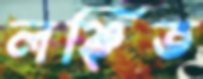
লঞ্ছিত